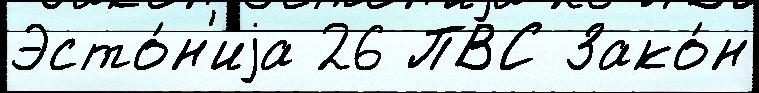
Эсто́н'иjа 26 ПВС Зако́н